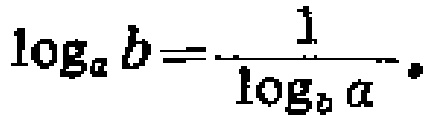
\(\log_{a}b = \frac{1}{\log_{b}a}\)